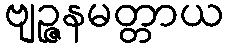
ဗျဉ္ဇနမတ္တာယ